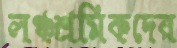
লঞ্চশ্রমিকদের